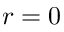
r = 0